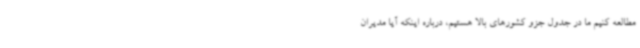
مطالعه کنیم ما در جدول جزو کشورهای بالا هستیم، درباره اینکه آیا مدیران